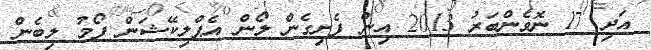
އަދި 17 ނޮވެންބަރު 2013 އިން ފެށިގެން ލޯން އެޕްލިކޭޝަން ފޯމު ލިބެން